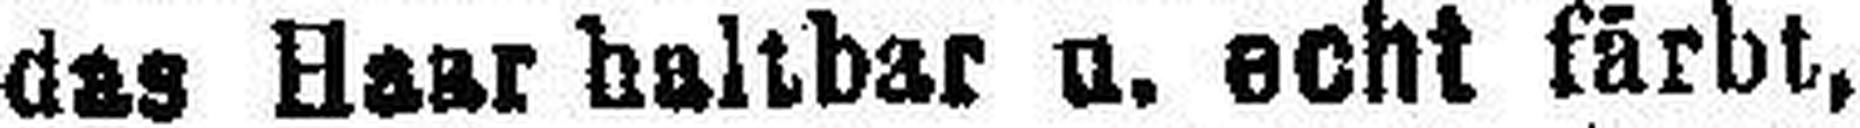
das Haar haltbar u. echt färbt,